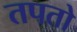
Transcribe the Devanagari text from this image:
तपतो